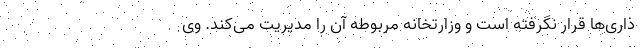
ذاری‌ها قرار نگرفته است و وزارتخانه مربوطه آن را مدیریت می‌کند. وی